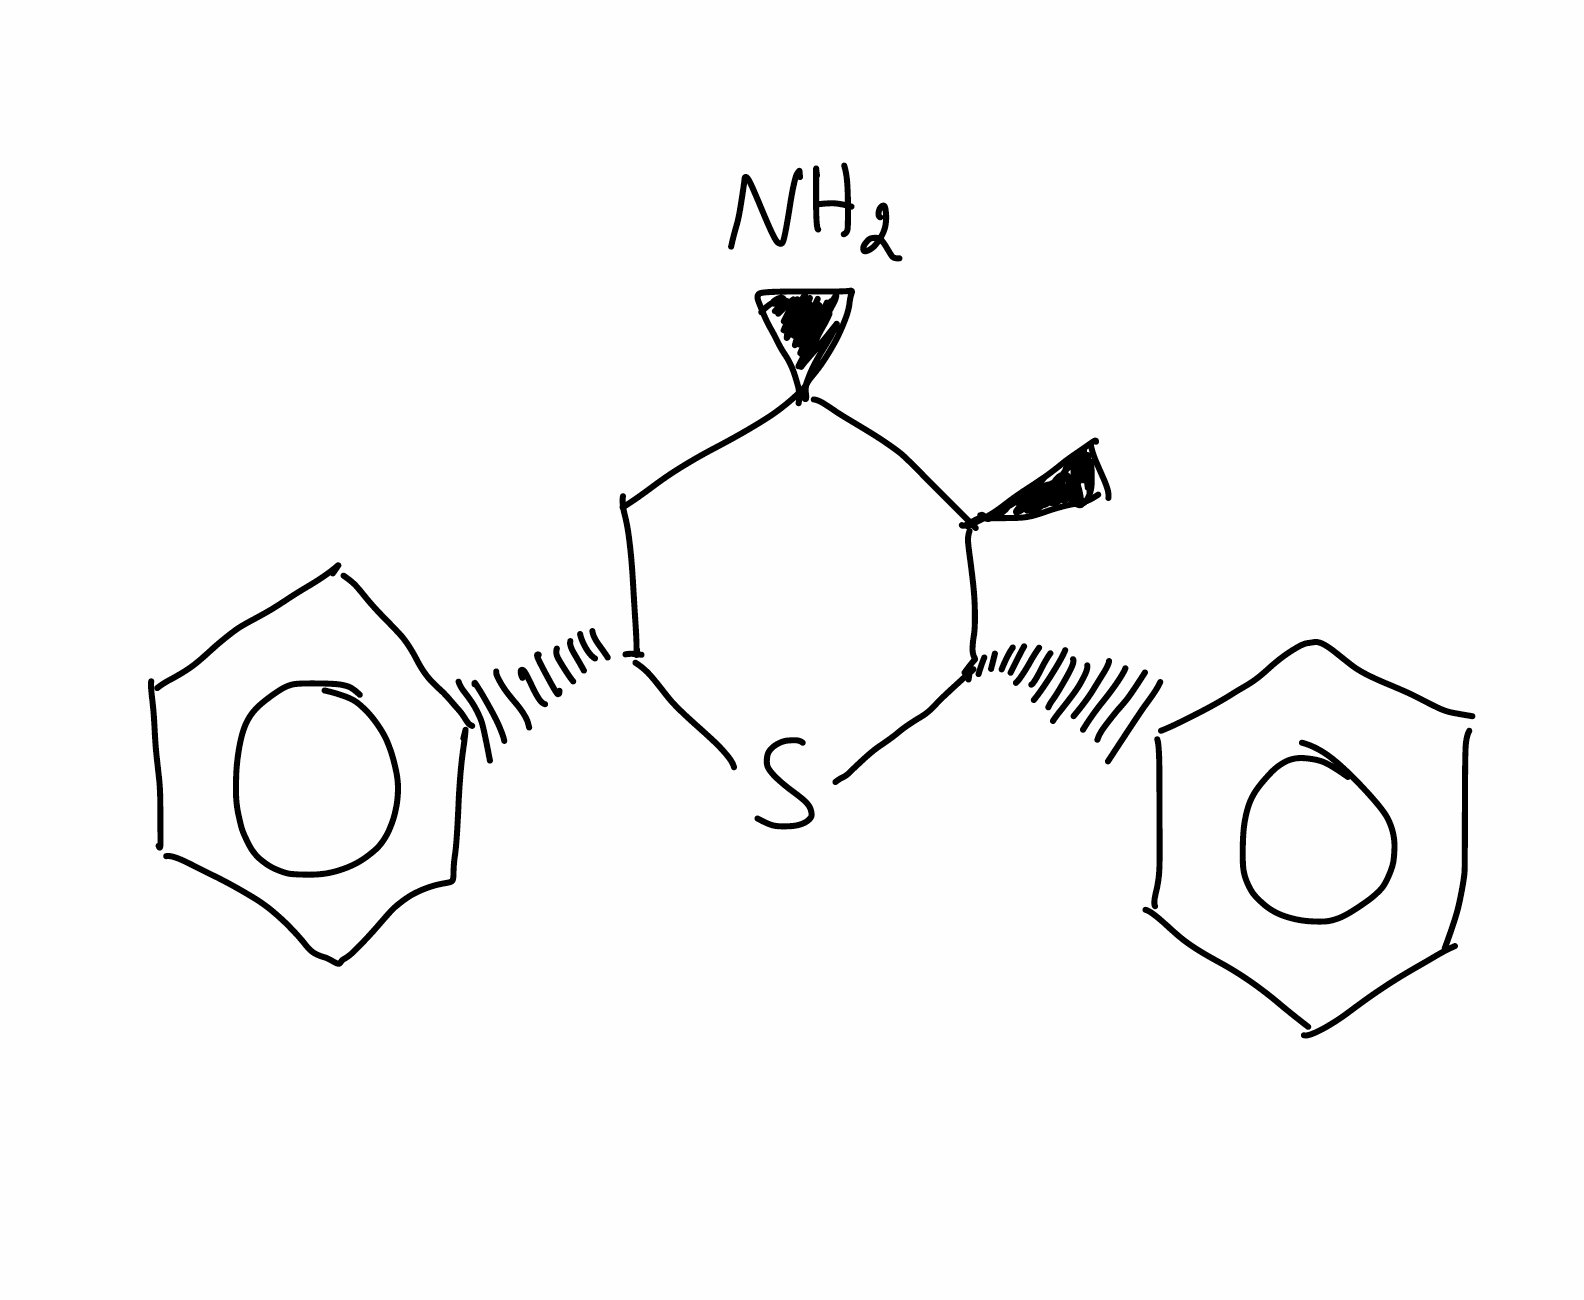
Simplified molecular-input line-entry system (SMILES) notation of the given molecule:
C[C@@H]1[C@@H](C[C@H](S[C@H]1C2=CC=CC=C2)C3=CC=CC=C3)N